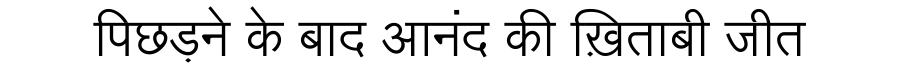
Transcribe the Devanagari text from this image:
पिछड़ने के बाद आनंद की ख़िताबी जीत